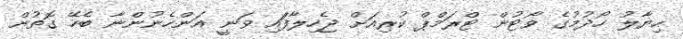
ހިޔާލު ހޯދުމުގެ ވޯޓުން ޓްރަމްޕް ކުރިއަށް ޖެހިލާފަައި ވަނީ އަންހެނުންނާ ބެހޭ ގޮތުން